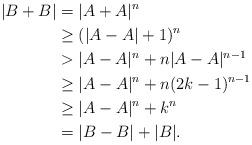
LaTeX: \begin{align*}|B+B| & = |A+A|^n \\& \geq (|A-A|+1)^n \\& > |A-A|^n + n|A-A|^{n-1} \\& \geq |A-A|^n + n(2k-1)^{n-1} \\& \geq |A-A|^n + k^n \\& = |B-B| + |B|.\end{align*}